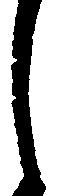
し